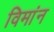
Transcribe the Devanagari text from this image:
विमांन